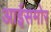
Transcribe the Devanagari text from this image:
आईसमोर